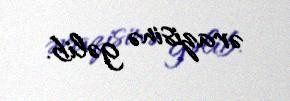
ərazisinə gəlib.